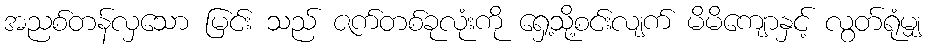
အညစ်တန်လှသော မြင်း သည် ဇက်တစ်ခုလုံးကို ရှေ့သို့စင်းလျက် မိမိကျောနှင့် လွတ်ရုံမျှ